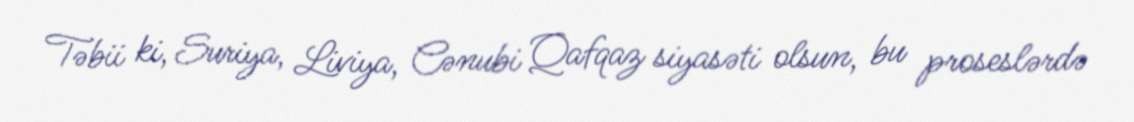
Təbii ki, Suriya, Liviya, Cənubi Qafqaz siyasəti olsun, bu proseslərdə